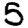
Digit: 5